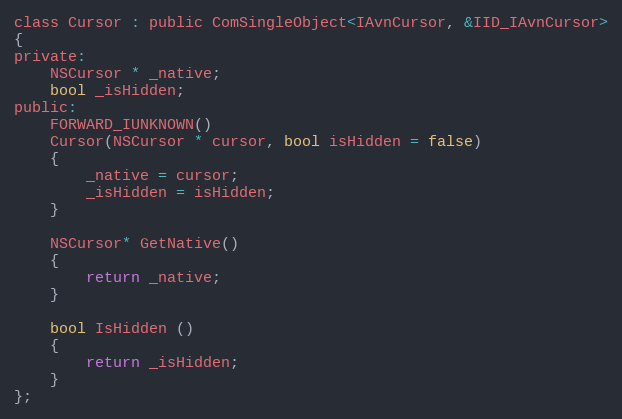
Language: C
class Cursor : public ComSingleObject<IAvnCursor, &IID_IAvnCursor>
{
private:
    NSCursor * _native;
    bool _isHidden;
public:
    FORWARD_IUNKNOWN()
    Cursor(NSCursor * cursor, bool isHidden = false)
    {
        _native = cursor;
        _isHidden = isHidden;
    }

    NSCursor* GetNative()
    {
        return _native;
    }

    bool IsHidden ()
    {
        return _isHidden;
    }
};